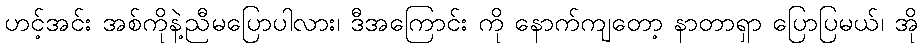
ဟင့်အင်း အစ်ကိုနဲ့ညီမပြောပါလား၊ ဒီအကြောင်း ကို နောက်ကျတော့ နာတာရှာ ပြောပြမယ်၊ အို